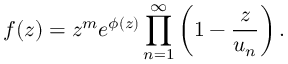
f ( z ) = z ^ { m } e ^ { \phi ( z ) } \prod _ { n = 1 } ^ { \infty } \left( 1 - { \frac { z } { u _ { n } } } \right) .